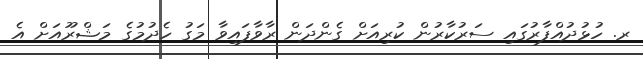
ރ. ހުޅުދުއްފާރުގައި ސަރުކާރުން ކުރިއަށް ގެންދަން ރާވާފައިވާ މަގު ހެދުމުގެ މަޝްރޫއަށް އެ